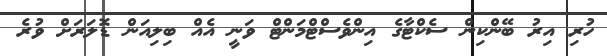
ހުރި އިރު ބޭންކިން ސެކްޓާގެ އިންވެސްޓްމަންޓް ވަނީ އެއް ބިލިއަން ޑޮލަރަށް ވުރެ